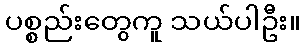
ပစ္စည်းတွေကူ သယ်ပါဦး။